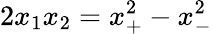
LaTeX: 2x_{1}x_{2}=x_{+}^{2}-x_{-}^{2}